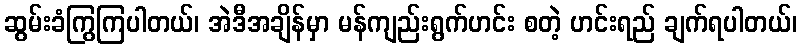
ဆွမ်းခံကြွကြပါတယ်၊ အဲဒီအချိန်မှာ မန်ကျည်းရွက်ဟင်း စတဲ့ ဟင်းရည် ချက်ရပါတယ်၊